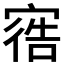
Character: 𫳩